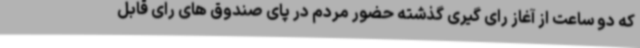
که دو ساعت از آغاز رای گیری گذشته حضور مردم در پای صندوق های رای قابل